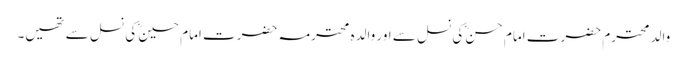
والد محترم حضرت امام حسنؓ کی نسل سے اور والدہ محترمہ حضرت امام حسینؓ کی نسل سے تھیں۔